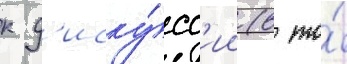
к д'иску́сс'ии (в то́